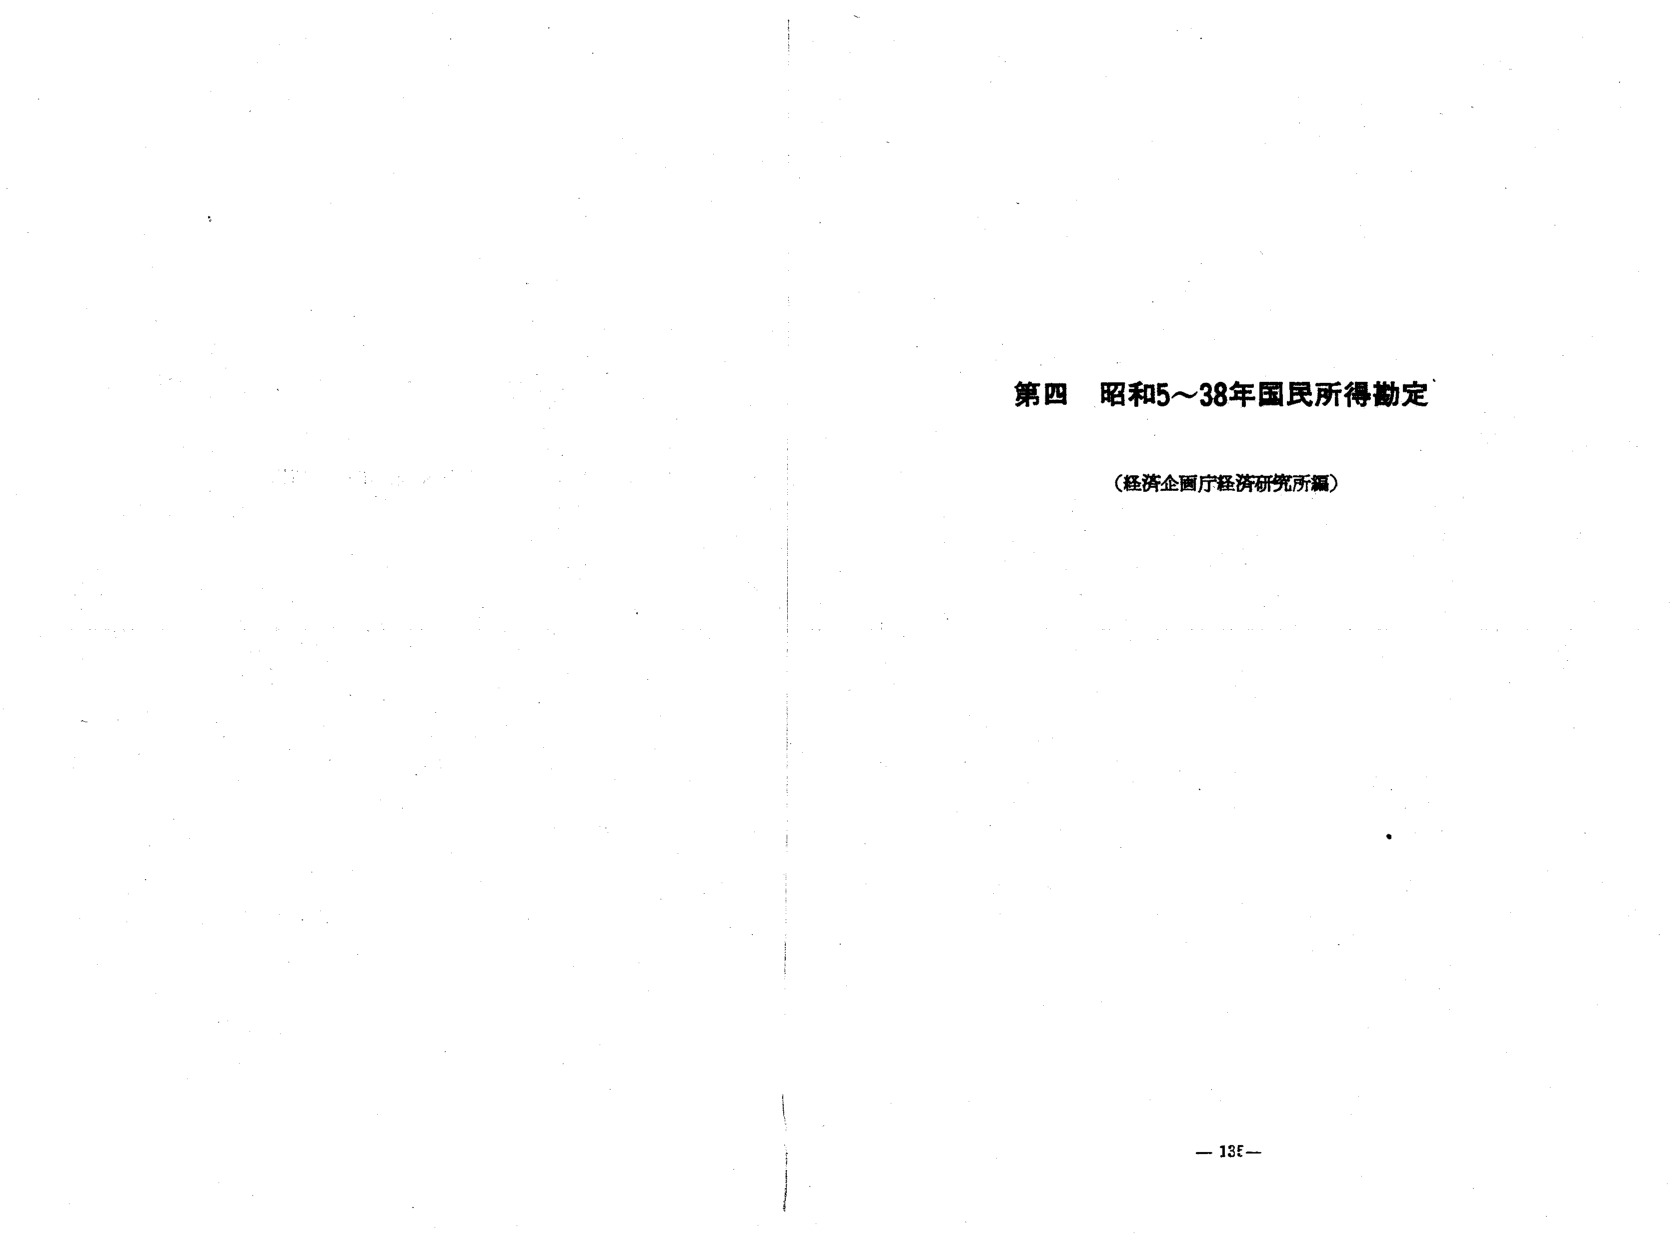
第四 昭和5～38年国民所得勘定
（経済企画庁経済研究所編）
— 135 —